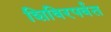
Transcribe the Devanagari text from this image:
शिविरपर्वत